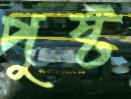
পুষ্ট